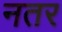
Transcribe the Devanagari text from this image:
नतर